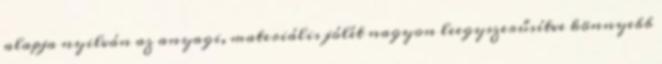
alapja nyilván az anyagi, materiális jólét nagyon leegyszerűsítve könnyebb